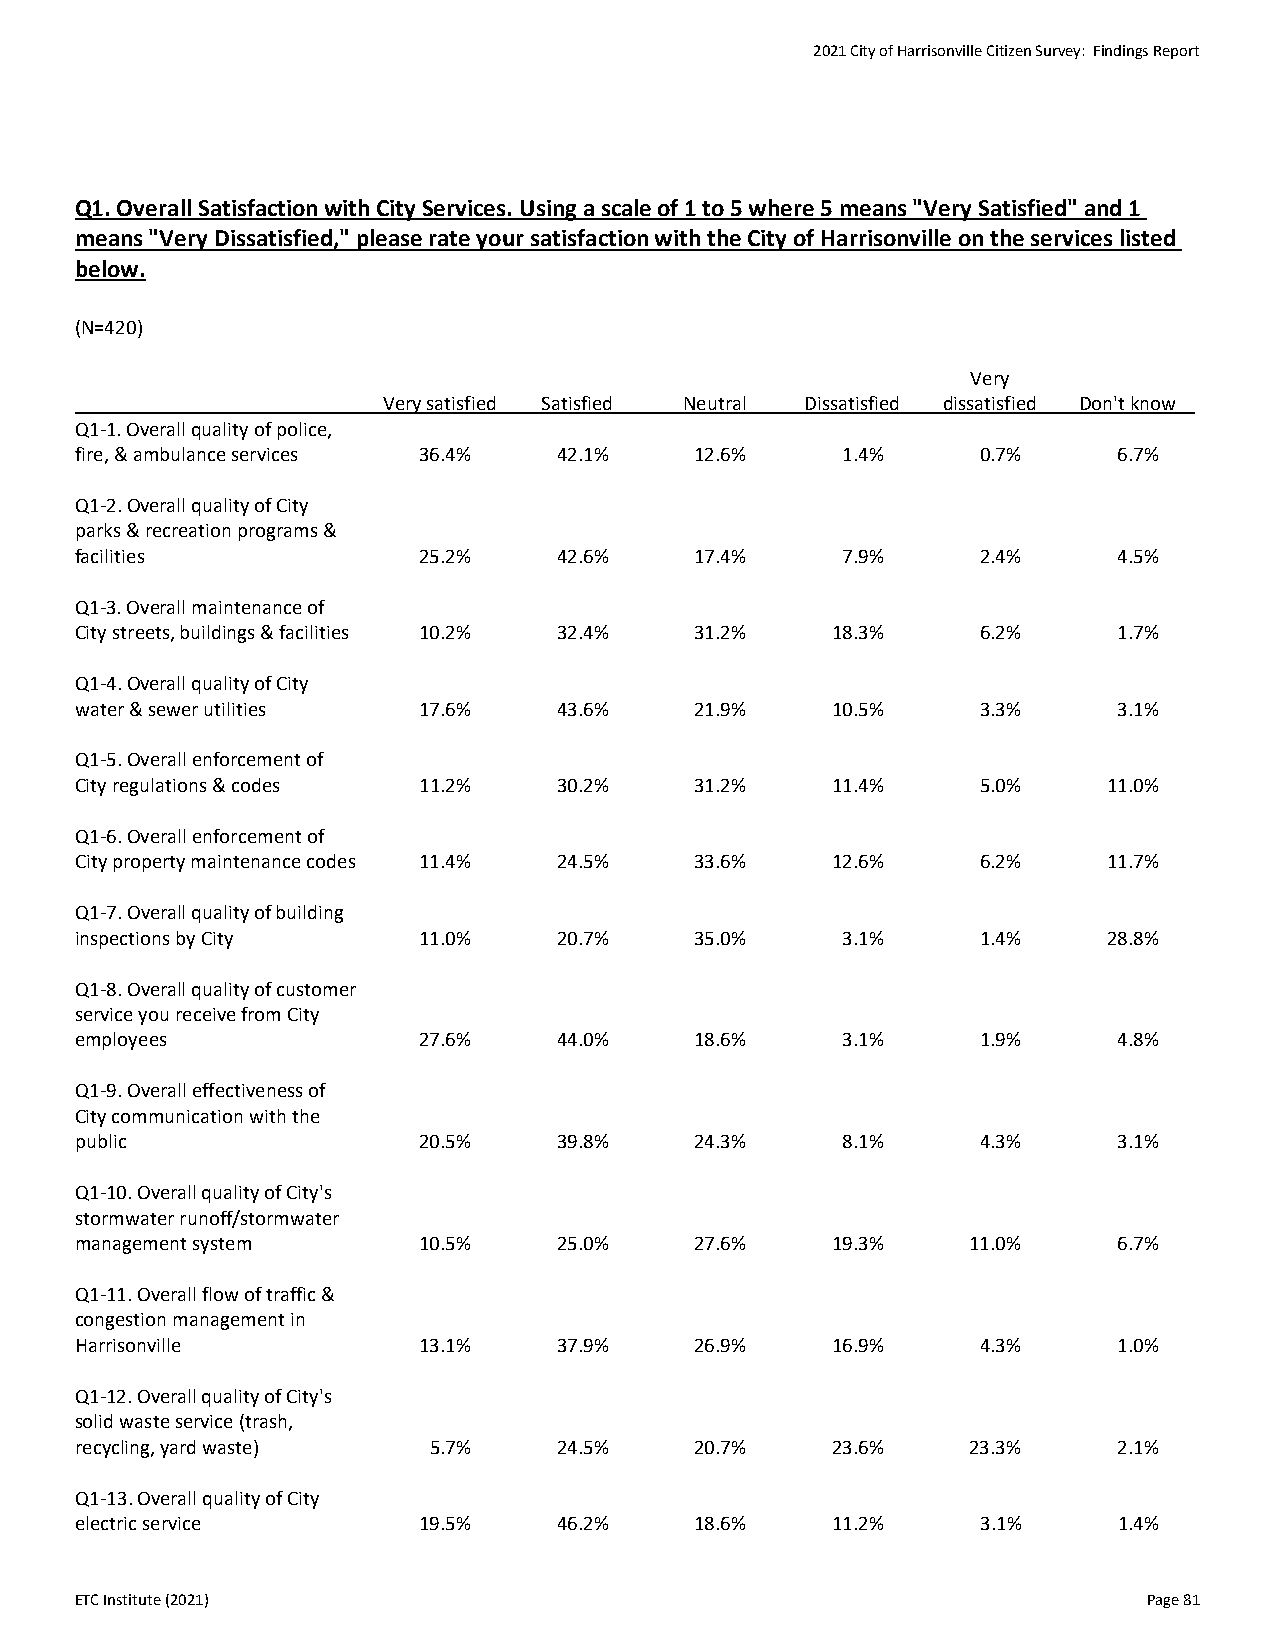
2021 City of Harrisonville Citizen Survey: Findings Report
 Q1. Overall Satisfaction with City Services. Using a scale of 1 to 5 where 5 means "Very Satisfied" and 1
 means "Very Dissatisfied," please rate your satisfaction with the City of Harrisonville on the services listed
 below.
 (N=420)
 Very
 Very satisfied Satisfied Neutral Dissatisfied dissatisfied Don't know
 Q1-1. Overall quality of police,
 fire, & ambulance services 36.4% 42.1%   12.6%     1.4%     0.7%     6.7%
 Q1-2. Overall quality of City
 parks & recreation programs &
 facilities             25.2%    42.6%    17.4%     7.9%     2.4%     4.5%
 Q1-3. Overall maintenance of
 City streets, buildings & facilities 10.2% 32.4% 31.2% 18.3% 6.2%    1.7%
 Q1-4. Overall quality of City
 water & sewer utilities 17.6%   43.6%    21.9%    10.5%     3.3%     3.1%
 Q1-5. Overall enforcement of
 City regulations & codes 11.2%  30.2%    31.2%    11.4%     5.0%    11.0%
 Q1-6. Overall enforcement of
 City property maintenance codes 11.4% 24.5% 33.6% 12.6%     6.2%    11.7%
 Q1-7. Overall quality of building
 inspections by City    11.0%    20.7%    35.0%     3.1%     1.4%    28.8%
 Q1-8. Overall quality of customer
 service you receive from City
 employees              27.6%    44.0%    18.6%     3.1%     1.9%     4.8%
 Q1-9. Overall effectiveness of
 City communication with the
 public                 20.5%    39.8%    24.3%     8.1%     4.3%     3.1%
 Q1-10. Overall quality of City's
 stormwater runoff/stormwater
 management system      10.5%    25.0%    27.6%    19.3%    11.0%     6.7%
 Q1-11. Overall flow of traffic &
 congestion management in
 Harrisonville          13.1%    37.9%    26.9%    16.9%     4.3%     1.0%
 Q1-12. Overall quality of City's
 solid waste service (trash,
 recycling, yard waste) 5.7%     24.5%    20.7%    23.6%    23.3%     2.1%
 Q1-13. Overall quality of City
 electric service       19.5%    46.2%    18.6%    11.2%     3.1%     1.4%
 ETC Institute (2021)                                                   Page 81